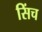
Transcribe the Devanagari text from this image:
सिंच